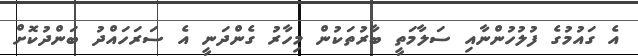
އެ ގައުމުގެ ފުލުހުންނާއި ސަލާމަތީ ބާރުތަކުން މިހާރު ގެންދަނީ އެ ސަރަހައްދު ބަންދުކޮށް